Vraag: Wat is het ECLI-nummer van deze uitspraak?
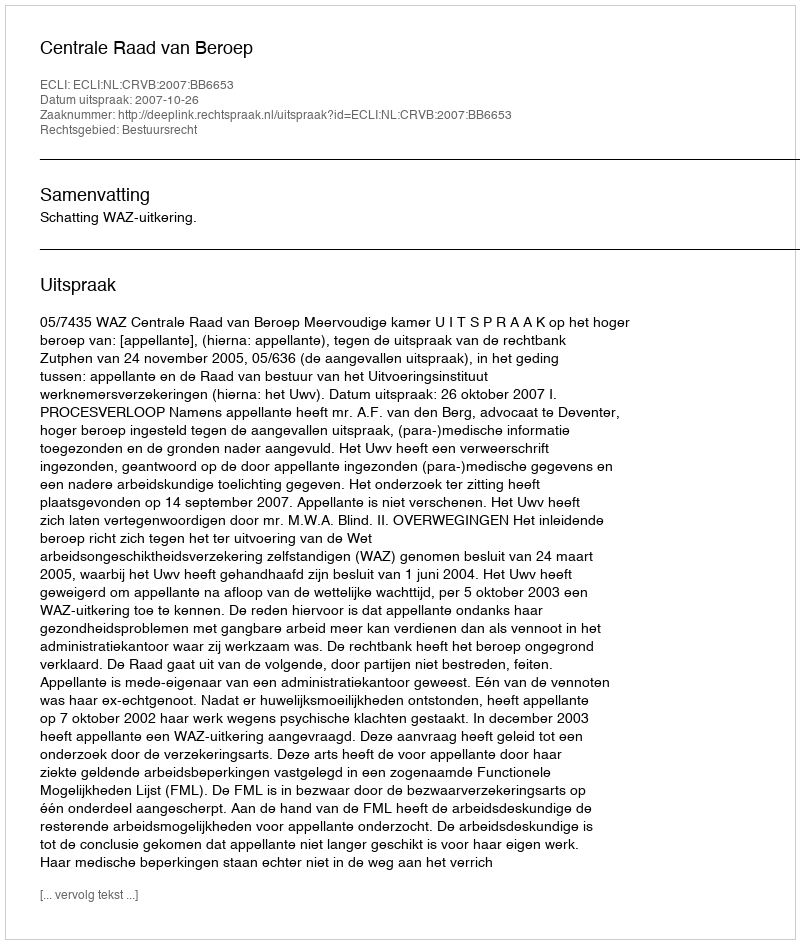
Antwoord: ECLI:NL:CRVB:2007:BB6653